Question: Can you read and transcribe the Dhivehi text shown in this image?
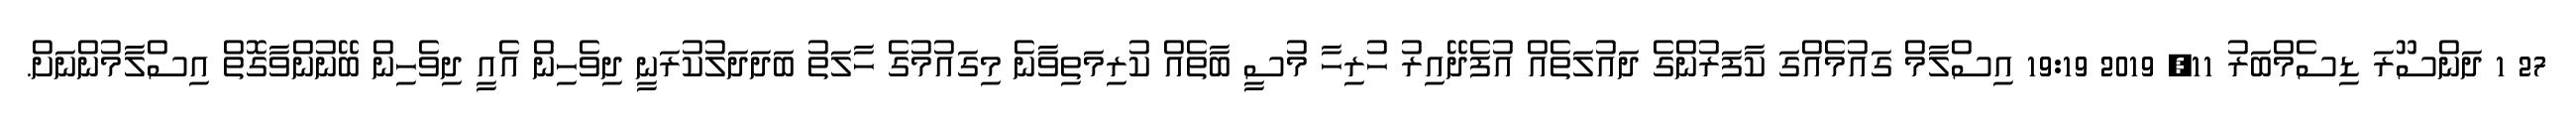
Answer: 27 1 ދަންސޫރަ ޑިސެމްބަރު 11, 2019 19:19 އިސްލާމް ގައުމެއްގަ ކާފަރުންގެ ދައުލަތެއް އުފެދޭއިރު ހުރިހާ މުސީ ބާތެއް ކުރިމަތިވާނެ މިގައުމުގެ ހާލަތު ބަދަދަލުކުރަނީ ދިވެހިން އެއީ ދިވެހިން ބޭނުންވާގޮތް އިސްލާމުންނަށް.